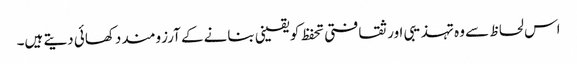
اس لحاظ سے وہ تہذیبی اور ثقافتی تحفظ کو یقینی بنانے کے آرزومند دکھائی دیتے ہیں۔